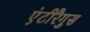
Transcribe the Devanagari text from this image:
एंटीरैगुस